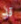
قد